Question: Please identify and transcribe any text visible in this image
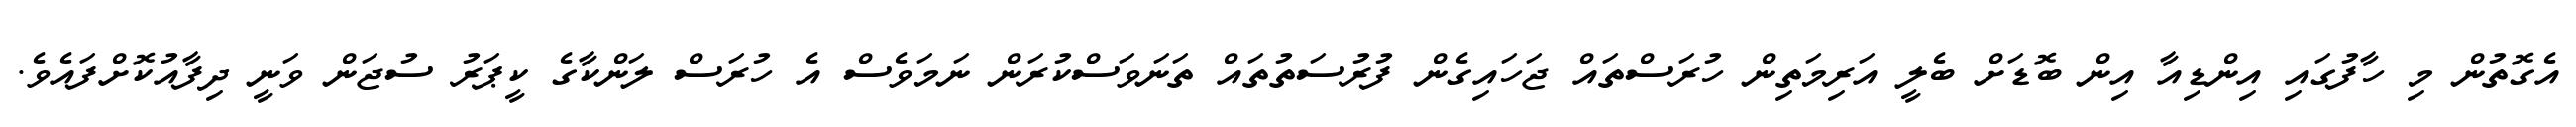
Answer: އެގޮތުން މި ހާފުގައި އިންޑިއާ އިން ބޮޑަށް ބެލީ އަރިމަތިން ހުރަސްތައް ޖަހައިގެން ފުރުސަތުތައް ތަނަވަސްކުރަން ނަމަވެސް އެ ހުރަސް ލަންކާގެ ކީޕަރު ސުޖަން ވަނީ ދިފާއުކޮށްފައެވެ.